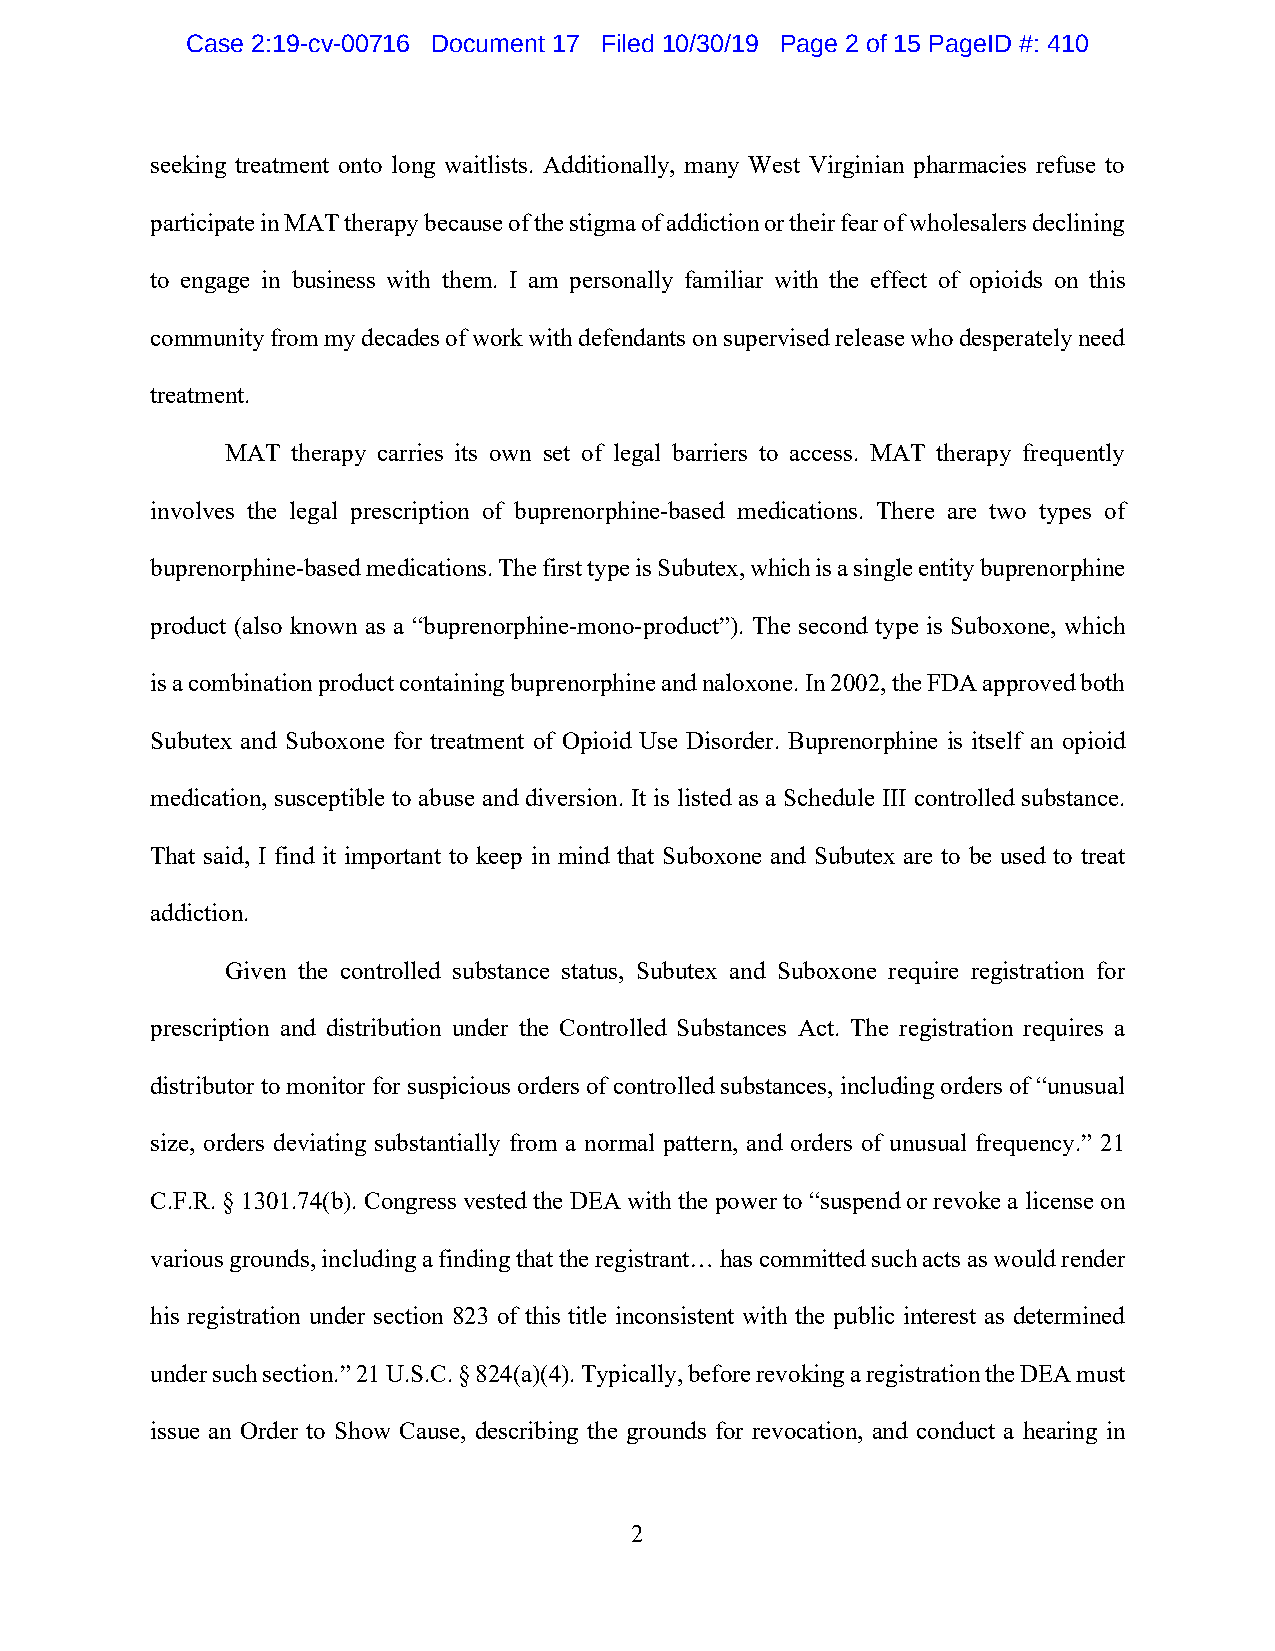
Case 2:19-cv-00716 Document 17 Filed 10/30/19 Page 2 of 15 PageID #: 410
 seeking treatment onto long waitlists. Additionally, many West Virginian pharmacies refuse to
 participate in MAT therapy because of the stigma of addiction or their fear of wholesalers declining
 to engage in business with them. I am personally familiar with the effect of opioids on this
 community from my decades of work with defendants on supervised release who desperately need
 treatment.
 MAT therapy carries its own set of legal barriers to access. MAT therapy frequently
 involves the legal prescription of buprenorphine-based medications. There are two types of
 buprenorphine-based medications. The first type is Subutex, which is a single entity buprenorphine
 product (also known as a “buprenorphine-mono-product”). The second type is Suboxone, which
 is a combination product containing buprenorphine and naloxone. In 2002, the FDA approved both
 Subutex and Suboxone for treatment of Opioid Use Disorder. Buprenorphine is itself an opioid
 medication, susceptible to abuse and diversion. It is listed as a Schedule III controlled substance.
 That said, I find it important to keep in mind that Suboxone and Subutex are to be used to treat
 addiction.
 Given the controlled substance status, Subutex and Suboxone require registration for
 prescription and distribution under the Controlled Substances Act. The registration requires a
 distributor to monitor for suspicious orders of controlled substances, including orders of “unusual
 size, orders deviating substantially from a normal pattern, and orders of unusual frequency.” 21
 C.F.R. § 1301.74(b). Congress vested the DEA with the power to “suspend or revoke a license on
 various grounds, including a finding that the registrant… has committed such acts as would render
 his registration under section 823 of this title inconsistent with the public interest as determined
 under such section.” 21 U.S.C. § 824(a)(4). Typically, before revoking a registration the DEA must
 issue an Order to Show Cause, describing the grounds for revocation, and conduct a hearing in
 2